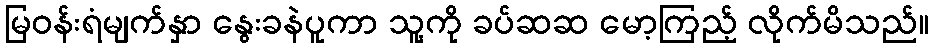
မြဝန်းရံမျက်နှာ နွေးခနဲပူကာ သူ့ကို ခပ်ဆဆ မော့ကြည့် လိုက်မိသည်။